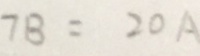
7 B = 2 0 A